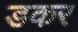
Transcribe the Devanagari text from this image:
डकर